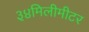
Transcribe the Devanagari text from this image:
३४मिलीमीटर